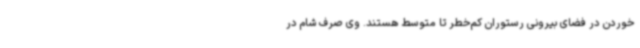
خوردن در فضای بیرونی رستوران کم‌خطر تا متوسط هستند. وی صرف شام در